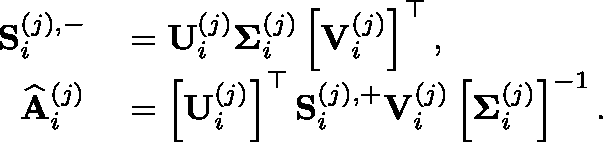
\begin{array} { r l } { \mathbf { S } _ { i } ^ { ( j ) , - } } & { { } = \mathbf { U } _ { i } ^ { ( j ) } \mathbf { \Sigma } _ { i } ^ { ( j ) } \left[ \mathbf { V } _ { i } ^ { ( j ) } \right] ^ { \top } , } \\ { \widehat { \mathbf { A } } _ { i } ^ { ( j ) } } & { { } = \left[ \mathbf { U } _ { i } ^ { ( j ) } \right] ^ { \top } \mathbf { S } _ { i } ^ { ( j ) , + } \mathbf { V } _ { i } ^ { ( j ) } \left[ \mathbf { \Sigma } _ { i } ^ { ( j ) } \right] ^ { - 1 } . } \end{array}